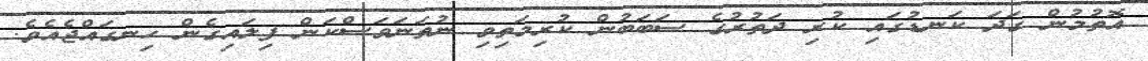
އޮތުމުން ގަދަ ކަނޑުގައި ކުރި ދަތުރުގެ ސަބަބުން ކުރިމަތިިވި ނުތަނަވަސްކަން ފިލައިގެން ހިނގައްޖެއެވެ.